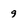
Character: 9